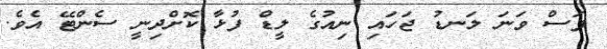
ފަސް ވަނަ ލަނޑު ޖަހައި ނިއުގެ ލީޑް ފުޅާ ކޮށްދިނީ ސެންޓޭ އެވެ.